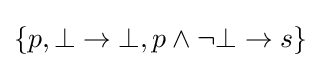
\{p,\bot \rightarrow \bot ,p\land \neg \bot \rightarrow s\}